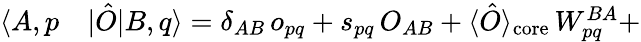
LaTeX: \begin{array}{rl}{\langle A,p}&{{}|\hat{O}|B,q\rangle=\delta_{AB}\, o_{pq}+s_{pq}\, O_{AB}+\langle\hat{O}\rangle_{\mathrm{core}}\, W_{pq}^{BA}+}\end{array}